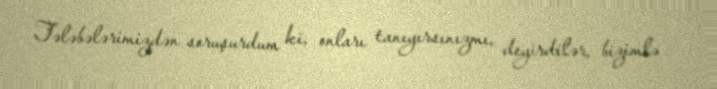
Tələbələrimizdən soruşurdum ki, onları tanıyırsınızmı, deyirdilər, bizimlə